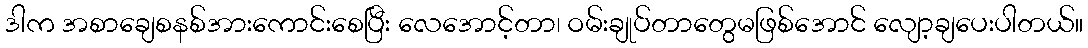
ဒါက အစာချေစနစ်အားကောင်းစေပြီး လေအောင့်တာ၊ ဝမ်းချုပ်တာတွေမဖြစ်အောင် လျော့ချပေးပါတယ်။